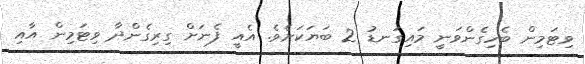
ވިޓަމިން ބެހިގެންވަނީ މައިގަނޑު 2 ބަޔަކަށެވެ. އެއީ ފެނަށް ގިރިގެންދާ ވިޓަމިން އާއި